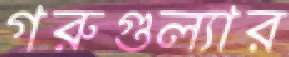
গরুগুল্যার